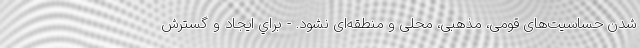
شدن حساسیت‌های قومی، مذهبی، محلی و منطقه‌ای نشود. - براي ايجاد و گسترش